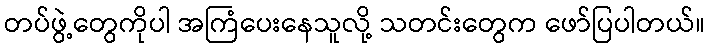
တပ်ဖွဲ့တွေကိုပါ အကြံပေးနေသူလို့ သတင်းတွေက ဖော်ပြပါတယ်။